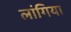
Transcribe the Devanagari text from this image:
लांगिया